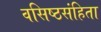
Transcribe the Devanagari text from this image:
वसिष्ठसंहिता